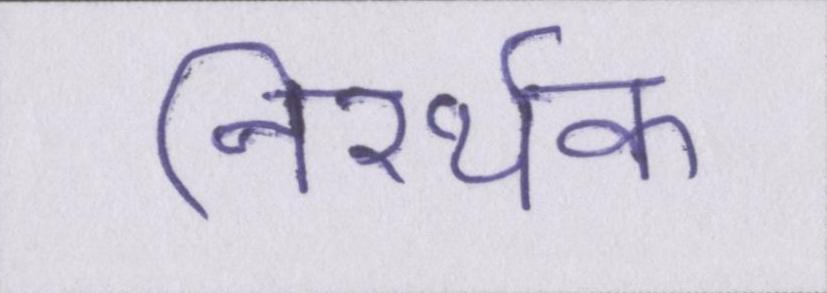
निरर्थक